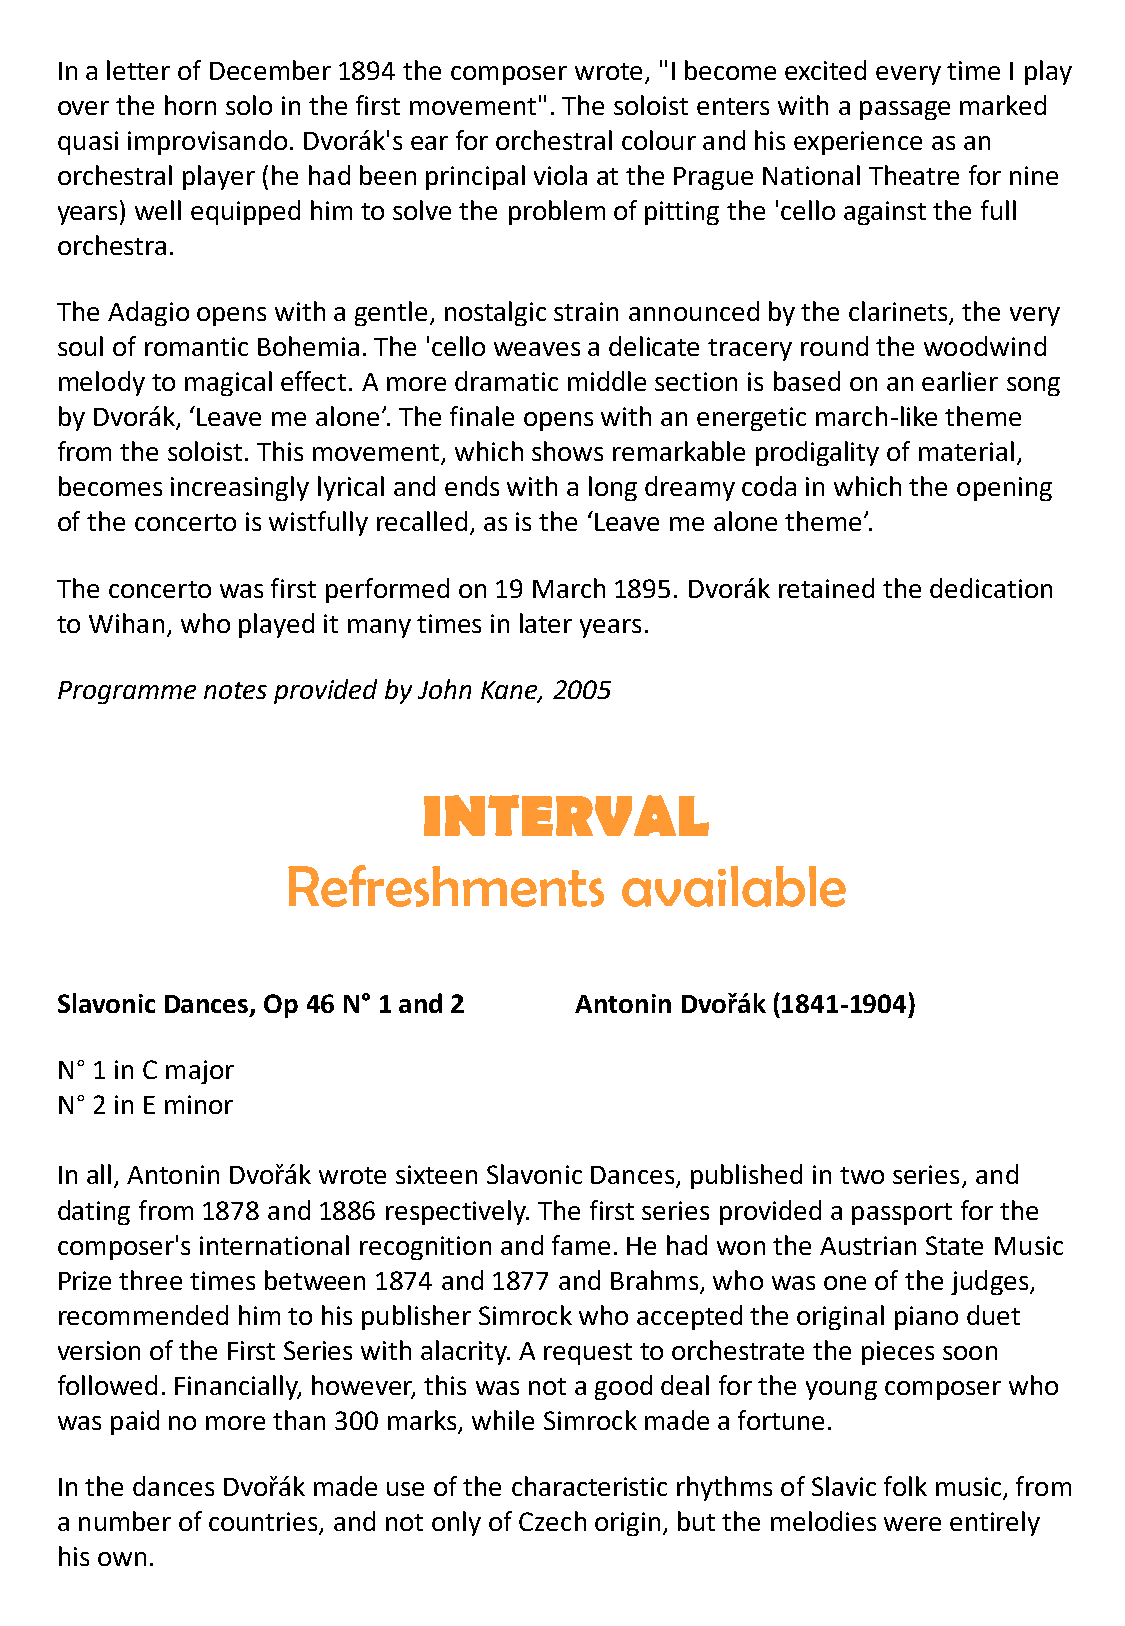
In a letter of December 1894 the composer wrote, "I become excited every time I play
 over the horn solo in the first movement". The soloist enters with a passage marked
 quasi improvisando. Dvorák's ear for orchestral colour and his experience as an
 orchestral player (he had been principal viola at the Prague National Theatre for nine
 years) well equipped him to solve the problem of pitting the 'cello against the full
 orchestra.
 The Adagio opens with a gentle, nostalgic strain announced by the clarinets, the very
 soul of romantic Bohemia. The 'cello weaves a delicate tracery round the woodwind
 melody to magical effect. A more dramatic middle section is based on an earlier song
 by Dvorák, ‘Leave me alone’. The finale opens with an energetic march-like theme
 from the soloist. This movement, which shows remarkable prodigality of material,
 becomes increasingly lyrical and ends with a long dreamy coda in which the opening
 of the concerto is wistfully recalled, as is the ‘Leave me alone theme’.
 The concerto was first performed on 19 March 1895. Dvorák retained the dedication
 to Wihan, who played it many times in later years.
 Programme notes provided by John Kane, 2005
 INTERVAL
 Refreshments          available
 Slavonic Dances, Op 46 N° 1 and 2 Antonin Dvořák (1841-1904)
 N° 1 in C major
 N° 2 in E minor
 In all, Antonin Dvořák wrote sixteen Slavonic Dances, published in two series, and
 dating from 1878 and 1886 respectively. The first series provided a passport for the
 composer's international recognition and fame. He had won the Austrian State Music
 Prize three times between 1874 and 1877 and Brahms, who was one of the judges,
 recommended him to his publisher Simrock who accepted the original piano duet
 version of the First Series with alacrity. A request to orchestrate the pieces soon
 followed. Financially, however, this was not a good deal for the young composer who
 was paid no more than 300 marks, while Simrock made a fortune.
 In the dances Dvořák made use of the characteristic rhythms of Slavic folk music, from
 a number of countries, and not only of Czech origin, but the melodies were entirely
 his own.